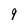
Character: 9